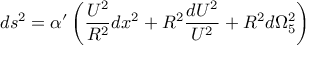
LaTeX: d s ^ { 2 } = { \alpha } ^ { \prime } \left( { \frac { U ^ { 2 } } { R ^ { 2 } } } d x ^ { 2 } + R ^ { 2 } { \frac { d U ^ { 2 } } { U ^ { 2 } } } + R ^ { 2 } d { \Omega } _ { 5 } ^ { 2 } \right)